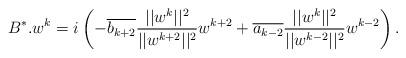
LaTeX: \begin{align*} B^*.w^k=i\left(-\overline{b_{k+2}}\frac{||w^k||^2}{||w^{k+2}||^2}w^{k+2}+ \overline{a_{k-2}}\frac{||w^k||^2}{||w^{k-2}||^2}w^{k-2}\right).\end{align*}